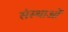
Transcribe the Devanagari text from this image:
संस्थाआें